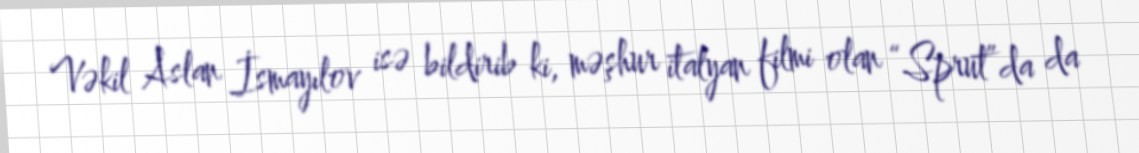
Vəkil Aslan İsmayılov isə bildirib ki, məşhur italyan filmi olan “Sprut”da da